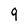
Character: 9